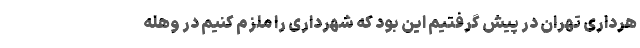
هرداری تهران در پیش گرفتیم این بود که شهرداری را ملزم کنیم در وهله